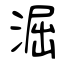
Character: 淈